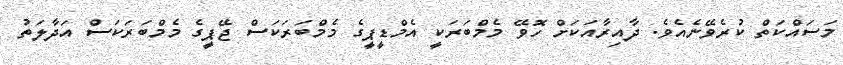
މަސައްކަތް ކުރެވޭނެއެވެ. ދާއިރާއަކަށް ހޮވޭ މެމްބަރަކީ އެމްޑީޕީގެ މެމްބަރަކަސް ޖޭޕީގެ މެމްބަރަކަސް އަދާލަތު